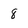
Character: 8